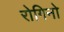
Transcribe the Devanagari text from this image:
रोगिनो